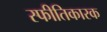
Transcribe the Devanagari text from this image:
स्फीतिकारक